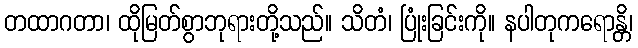
တထာဂတာ၊ ထိုမြတ်စွာဘုရားတို့သည်။ သိတံ၊ ပြုံးခြင်းကို။ နပါတုကရောန္တိ၊